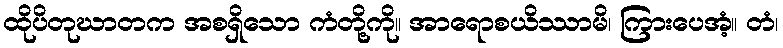
ထိုပိတုဃာတက အစရှိသော ကံတို့ကို။ အာရောစယိဿာမိ၊ ကြားပေအံ့။ တံ၊